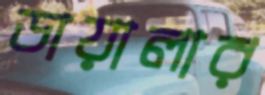
ডায়ালার